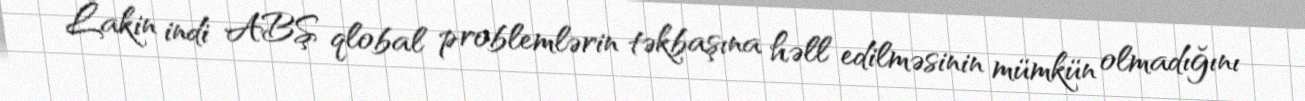
Lakin indi ABŞ qlobal problemlərin təkbaşına həll edilməsinin mümkün olmadığını